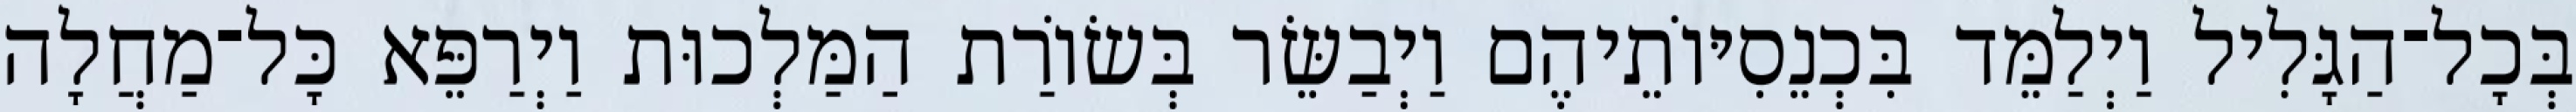
בְּכָל־הַגָּלִיל וַיְלַמֵּד בִּכְנֵסִיּוֹתֵיהֶם וַיְבַשֵּׂר בְּשׂוֹרַת הַמַּלְכוּת וַיְרַפֵּא כָּל־מַחֲלָה